[Report on the health of British troops in the Madras command]
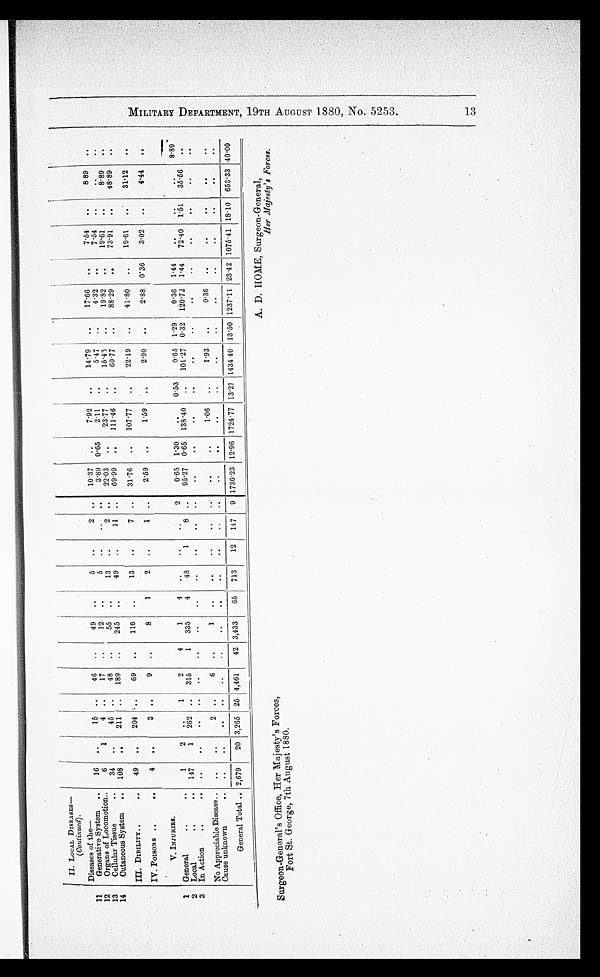
II. LOCAL DISEASES—
(Continued).
Diseases of the—
11
Generative System ..
16 ..
l5 ..
46
..
49 ..
5
..
2 ..
10.37 ..
7.92 ..
14.79 ..
17.66 ..
7.54 ..
8.89 ..
12
Organs of Locomotion..
6
1
4 ..
17
..
12 ..
5
.. .. ..
3.89 0.65
2.11
..
5.47 ..
4.32 ..
7.54 .. ..
..
13
Cellular Tissue
..
34 ..
45 ..
48
..
55
..
13
..
2 ..
22.03
..
23.77 ..
15.43
..
19.82 ..
19.61 ..
8.89 ..
14
Cutaneous System ..
III. DIBILITY .. ..
108
49
..
..
211
204
..
..
189
69
..
..
245
116
..
..
49
13
..
..
11
7
..
..
69.99
31.76
..
..
111.46
107.77
. ..
..
60.77
22.19
..
..
88.29
41.80
..
..
73.91
19.61
..
..
48.89
31.12
..
..
IV. POISON S..
..
4 ..
3 ..
9 ..
8
1
2 ..
1 ..
2.59 ..
1.59 ..
2.90
..
2.88 0.36
3.02 ..
4.44 ..
V. INJURIES.
1 General
.. ..
1
2
..
1
2
4
1
4
..
..
..
2
0.65 1.30
..
0.53
0.65 1. 29 0.36 1.44
..
..
..
8.89
2
3
Local
..
..
In Action
.. ..
147
..
1
..
262
..
..
..
315
..
1
..
335
..
4
..
48
..
1
8 ..
95.27
..
0.65
..
138.40
..
101.27 0.32 120.72
..
1.44
..
72.40 1.51
..
35.56
..
..
No Appreciable Disease.. .._
..
2 ..
6 ..
1
..
..
..
..
..
..
1.06 ..
1.93 ..
0.36
..
..
..
..
..
Cause unknown
.. ..
..
..
..
..
.. .. ..
..
..
. .
.. ..
..
.. ..
.. ..
..
..
..
..
General Total. 2,679
20 3,265 25 4,461
42 3,433
65 713
12 147 9 1736.23 12.96 1724.77 13.21 1434 40 13.50 1237.11 23.42 1075.41 18.10 653.33 40.00
Surgeon-General's Office, Her Majesty's Forces,
H er Majesty's Forces.
Fort St. George, 7th August 1880.
M I L I T A R Y D E P A R T M E N T , 1 9 T H A U G U S T 1 8 8 0 , N O . 5 2 5 3 . 1 3